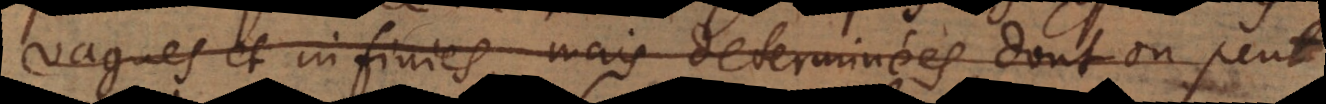
vagues et infinies, mais determinées, dont on peut